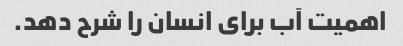
اهمیت آب برای انسان را شرح دهد.